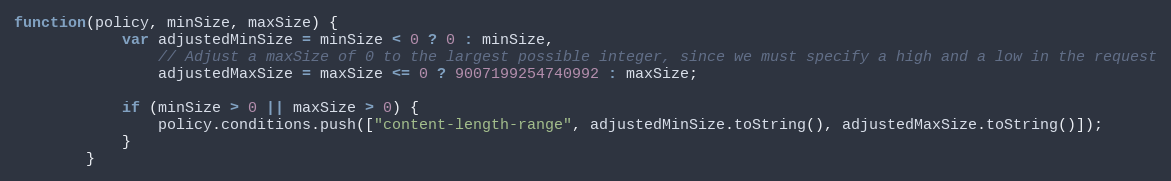
Language: JavaScript
function(policy, minSize, maxSize) {
            var adjustedMinSize = minSize < 0 ? 0 : minSize,
                // Adjust a maxSize of 0 to the largest possible integer, since we must specify a high and a low in the request
                adjustedMaxSize = maxSize <= 0 ? 9007199254740992 : maxSize;

            if (minSize > 0 || maxSize > 0) {
                policy.conditions.push(["content-length-range", adjustedMinSize.toString(), adjustedMaxSize.toString()]);
            }
        }